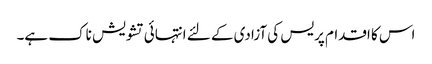
اس کا اقدام پریس کی آزادی کے لئے انتہائی تشویش ناک ہے۔